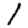
Digit: 1